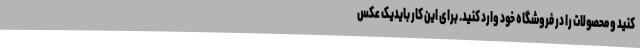
کنید و محصولات را در فروشگاه خود وارد کنید. برای این کار بایدیک عکس